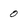
Character: 0